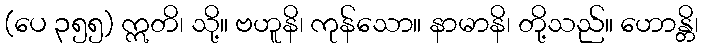
(ပေ ၃၅၅) ဣတိ၊ သို့။ ဗဟူနိ၊ ကုန်သော။ နာမာနိ၊ တို့သည်။ ဟောန္တိ၊